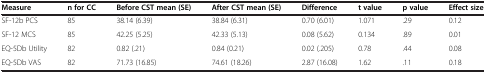
<table><thead><tr><td><b>Measure</b></td><td><b>n for CC</b></td><td><b>Before CST mean (SE)</b></td><td><b>After CST mean (SE)</b></td><td><b>Difference</b></td><td><b>t value</b></td><td><b>p value</b></td><td><b>Effect size</b></td></tr></thead><tbody><tr><td>SF-12b PCS</td><td>85</td><td>38.14 (6.39)</td><td>38.84 (6.31)</td><td>0.70 (6.01)</td><td>1.071</td><td>.29</td><td>0.12</td></tr><tr><td>SF-12 MCS</td><td>85</td><td>42.25 (5.25)</td><td>42.33 (5.13)</td><td>0.08 (5.62)</td><td>0.134</td><td>.89</td><td>0.01</td></tr><tr><td>EQ-5Db Utility</td><td>82</td><td>0.82 (.21)</td><td>0.84 (0.21)</td><td>0.02 (.205)</td><td>0.78</td><td>.44</td><td>0.08</td></tr><tr><td>EQ-5Db VAS</td><td>82</td><td>71.73 (16.85)</td><td>74.61 (18.26)</td><td>2.87 (16.08)</td><td>1.62</td><td>.11</td><td>0.18</td></tr></tbody></table>